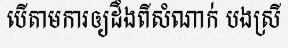
បើតាមការឲ្យដឹងពីសំណាក់ បងស្រី